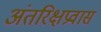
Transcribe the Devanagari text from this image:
अंतरिक्षप्रवास